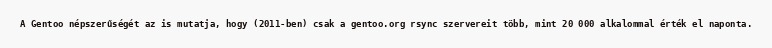
A Gentoo népszerűségét az is mutatja, hogy (2011-ben) csak a gentoo.org rsync szervereit több, mint 20 000 alkalommal érték el naponta.